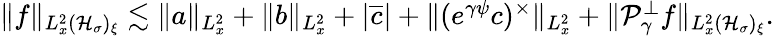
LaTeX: \begin{array}{r}{\| f\| _{L_{x}^{2}(\mathcal H_{\sigma})_{\xi}}\lesssim\| a\| _{L_{x}^{2}}+\| b\| _{L_{x}^{2}}+|\overline{c}|+\| (e^{\gamma\psi}c)^{\times}\| _{L_{x}^{2}}+\| \mathcal P_{\gamma}^{\perp}f\| _{L_{x}^{2}(\mathcal H_{\sigma})_{\xi}}.}\end{array}